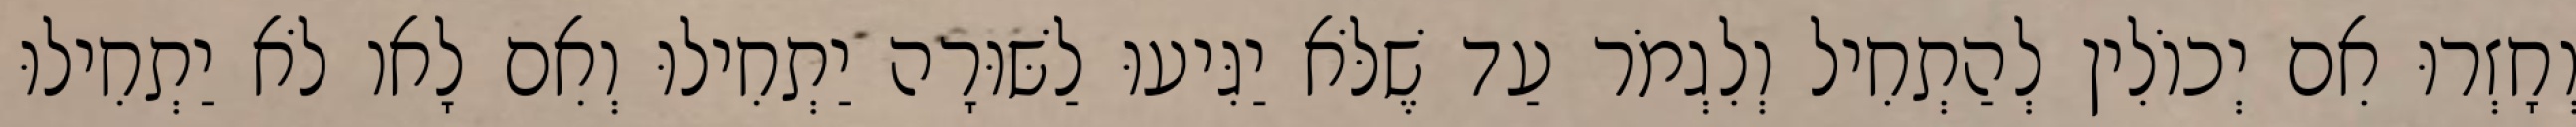
וְחָזְרוּ אִם יְכוֹלִין לְהַתְחִיל וְלִגְמֹר עַד שֶׁלֹּא יַגִּיעוּ לַשּׁוּרָה יַתְחִילוּ וְאִם לָאו לֹא יַתְחִילוּ